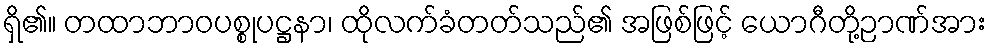
ရှိ၏။ တထာဘာဝပစ္စုပဋ္ဌနာ၊ ထိုလက်ခံတတ်သည်၏ အဖြစ်ဖြင့် ယောဂီတို့ဉာဏ်အား